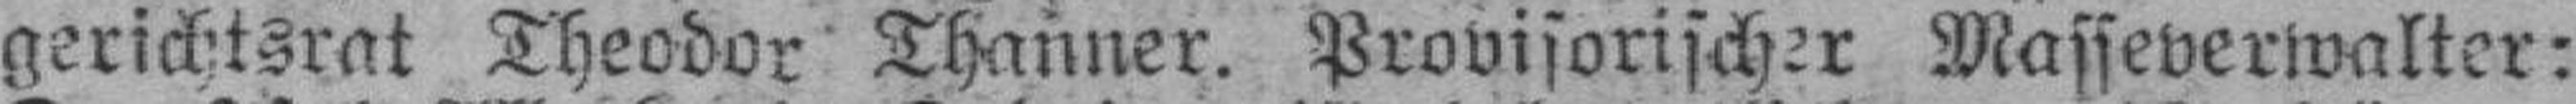
gerichtsrat Theodor Thanner. Provisorischer Masseverwalter: